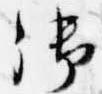
御